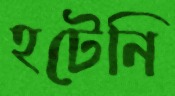
হটেনি